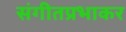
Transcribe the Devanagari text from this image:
संगीतप्रभाकर